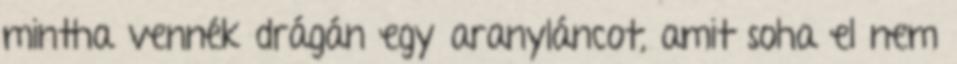
mintha vennék drágán egy aranyláncot, amit soha el nem